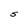
Character: S